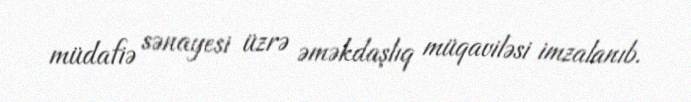
müdafiə sənayesi üzrə əməkdaşlıq müqaviləsi imzalanıb.